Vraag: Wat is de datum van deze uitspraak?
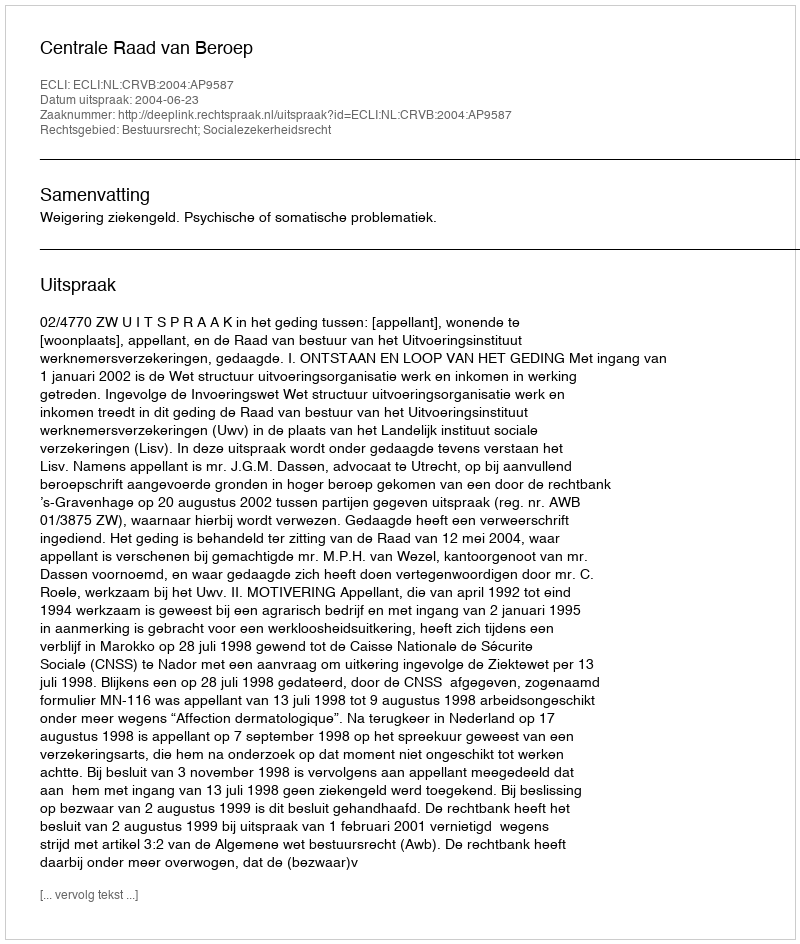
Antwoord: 2004-06-23